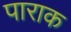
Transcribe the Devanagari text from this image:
पाराक